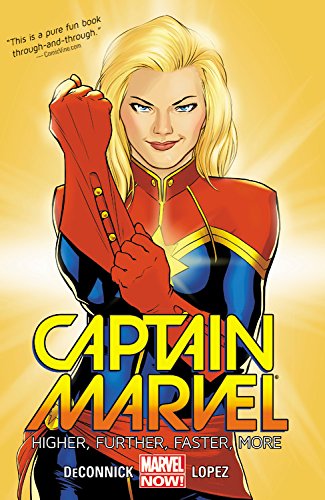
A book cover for Captain Marvel Volume 1: Higher, Further, Faster, More; Kelly Sue Deconnick; Comics & Graphic Novels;